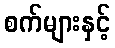
စက်များနှင့်